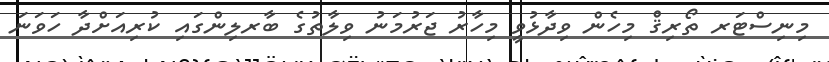
މިނިސްޓަރ ތޯރިޤް މިހެން ވިދާޅުވީ މިހާރު ޖަރުމަނު ވިލާތުގެ ބާރލިންގައި ކުރިއަށްދާ ހަވަނަ